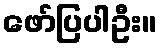
ဖော်ပြပါဦး။